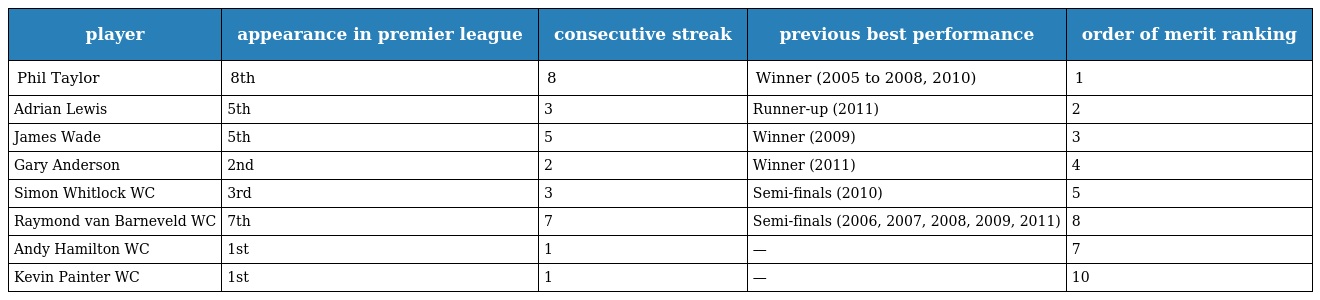
| player | appearance in premier league | consecutive streak | previous best performance | order of merit ranking |
 | --- | --- | --- | --- | --- |
 | Phil Taylor | 8th | 8 | Winner (2005 to 2008, 2010) | 1 |
 | Adrian Lewis | 5th | 3 | Runner-up (2011) | 2 |
 | James Wade | 5th | 5 | Winner (2009) | 3 |
 | Gary Anderson | 2nd | 2 | Winner (2011) | 4 |
 | Simon Whitlock WC | 3rd | 3 | Semi-finals (2010) | 5 |
 | Raymond van Barneveld WC | 7th | 7 | Semi-finals (2006, 2007, 2008, 2009, 2011) | 8 |
 | Andy Hamilton WC | 1st | 1 | — | 7 |
 | Kevin Painter WC | 1st | 1 | — | 10 |